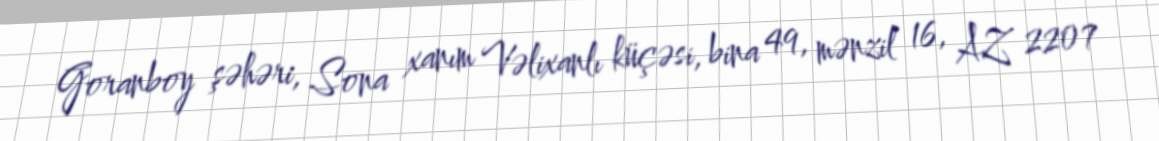
Goranboy şəhəri, Sona xanım Vəlixanlı küçəsi, bina 49, mənzil 16, AZ 2207